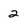
Character: 2